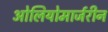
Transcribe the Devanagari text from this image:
ओलियोमार्जरीन